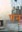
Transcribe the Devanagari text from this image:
पन्